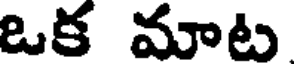
ఒక మాట